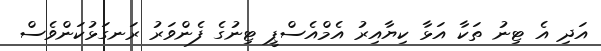
އަދި އެ ޓިނު ތަކާ އަޅާ ކިޔާއިރު އެމްއެސްޕީ ޓިނުގެ ފެންވަރު ރަނގަޅުކަންވެސް